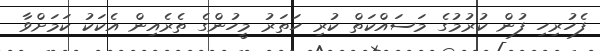
ފެހުރިހި ފުން ކުރުމުގެ މަސައްކަތް ކުރި ހަތަރު މީހުންގެ ތެރެއިން އެކަކު ކަމަށްވާ